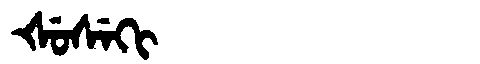
Manchu: ᡧᡠᠰᡝᡴᡳ
Romanization: ŠUSEKI